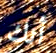
أنك